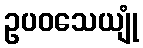
ဥပဝသေယျုံ